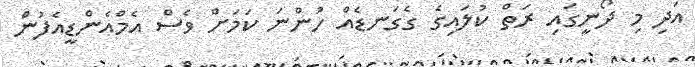
އަދި މި ދޯނީގައި ރަތް ކުލައިގެ ގެގަނޑެއް ހުންނަ ކަމަށް ވެސް އެމްއެންޑީއެފުން